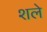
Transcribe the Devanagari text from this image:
शले